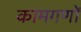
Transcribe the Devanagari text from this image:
कामगणों